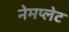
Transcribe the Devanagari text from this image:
नेमप्‍लेट